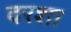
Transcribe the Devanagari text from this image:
दरशा